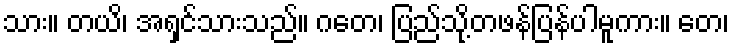
သား။ တယိ၊ အရှင်သားသည်။ ဂတေ၊ ပြည်သို့တဖန်ပြန်ပါမူကား။ တေ၊